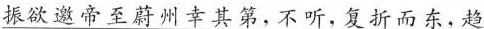
\underline{振欲邀帝至蔚州幸其第，不听，复折而东，趋}